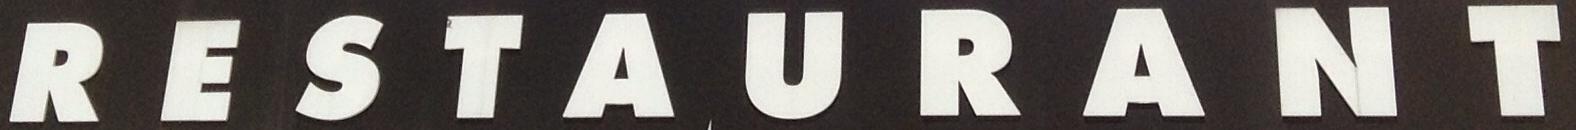
RESTAURANT